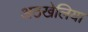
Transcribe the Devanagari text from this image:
अठखेलिया